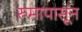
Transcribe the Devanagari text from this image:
रुमापासून